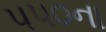
૫૫૦ના